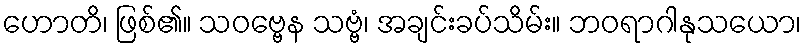
ဟောတိ၊ ဖြစ်၏။ သဝဗ္ဗေန သဗ္ဗံ၊ အချင်းခပ်သိမ်း။ ဘဝရာဂါနုသယော၊